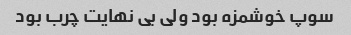
سوپ خوشمزه بود ولی بی نهایت چرب بود